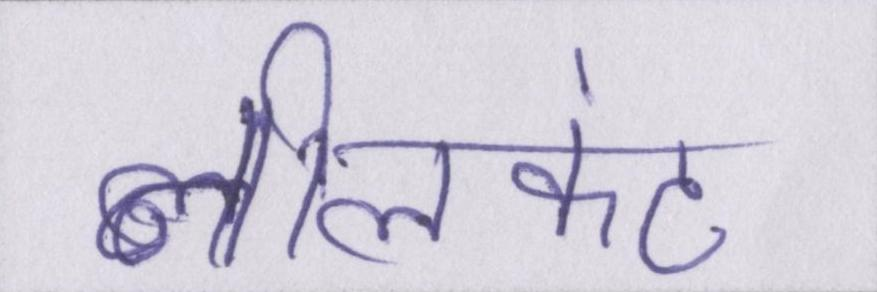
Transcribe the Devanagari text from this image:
नीलकंठ